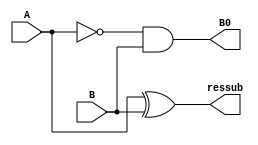
module halfsubtraction(ressub,B0,A,B);
input A,B;
output ressub,B0;
wire A1;

xor resof(ressub,A,B);
not resNot(A1,A);
and resEnd(B0,A1,B);

endmodule